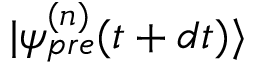
| \psi _ { p r e } ^ { ( n ) } ( t + d t ) \rangle